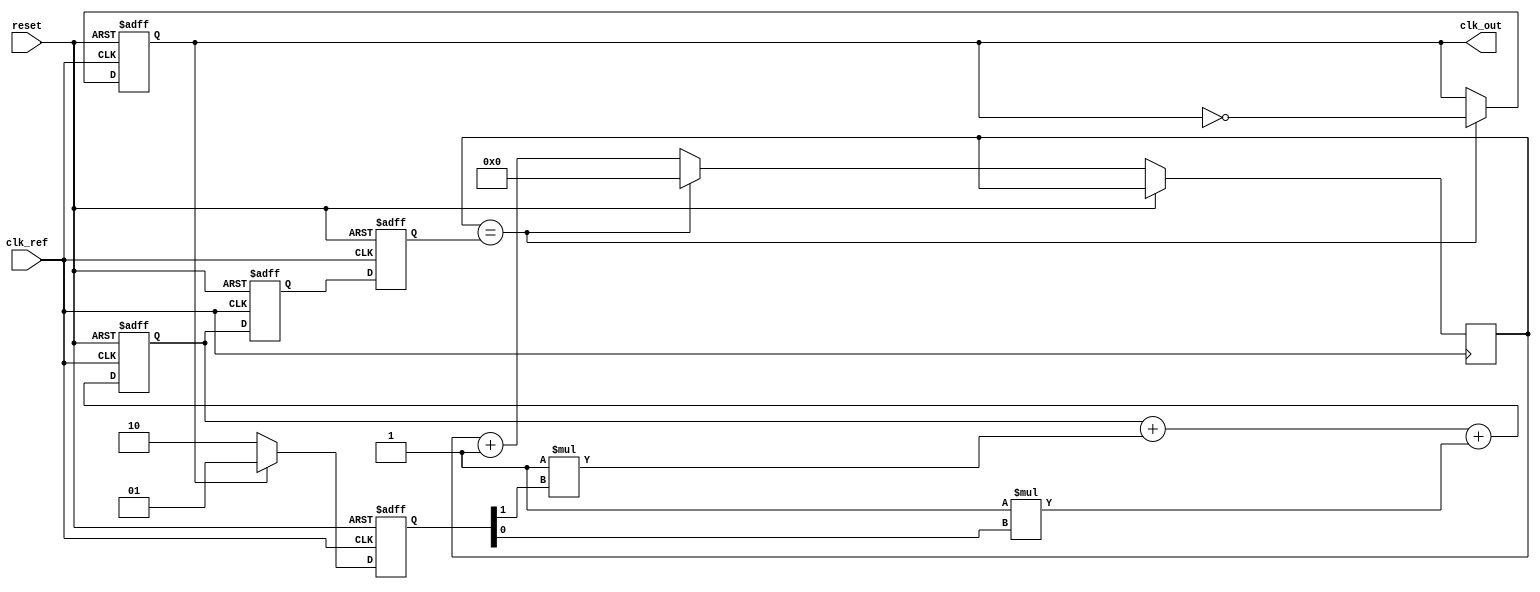
module pll_type2 (
    input wire clk_ref,         // Reference clock input
    input wire reset,           // Asynchronous reset
    output reg clk_out          // Output clock
);

// Parameters
parameter N = 4;               // Frequency division ratio
parameter Kp = 1;              // Proportional gain for PD
parameter Ki = 1;              // Integral gain for LF

// Internal signals
reg [1:0] phase_error;         // Phase error signal from PD
reg [15:0] control_voltage;     // Control voltage for VCO
reg [15:0] vco_frequency;       // VCO frequency control
reg [15:0] loop_filter_output;  // Output from loop filter
reg [N-1:0] feedback_counter;   // Feedback counter for division

// Phase Detector (PD)
always @(posedge clk_ref or posedge reset) begin
    if (reset) begin
        phase_error <= 2'b00;
    end else begin
        // Simple phase comparison logic
        if (clk_out) begin
            phase_error <= 2'b01; // Feedback leads reference
        end else begin
            phase_error <= 2'b10; // Feedback lags reference
        end
    end
end

// Loop Filter (LF)
always @(posedge clk_ref or posedge reset) begin
    if (reset) begin
        loop_filter_output <= 16'b0;
        control_voltage <= 16'b0;
    end else begin
        // Simple PI controller for loop filter
        loop_filter_output <= loop_filter_output + (Kp * phase_error[1]) + (Ki * phase_error[0]);
        control_voltage <= loop_filter_output; // Update control voltage
    end
end

// Voltage-Controlled Oscillator (VCO)
always @(posedge clk_ref or posedge reset) begin
    if (reset) begin
        vco_frequency <= 16'b0;
        clk_out <= 1'b0;
    end else begin
        // Adjust VCO frequency based on control voltage
        vco_frequency <= control_voltage; // Control frequency based on voltage
        // Generate output clock based on VCO frequency
        if (feedback_counter == vco_frequency) begin
            clk_out <= ~clk_out; // Toggle output clock
            feedback_counter <= 0; // Reset feedback counter
        end else begin
            feedback_counter <= feedback_counter + 1; // Increment feedback counter
        end
    end
end

endmodule